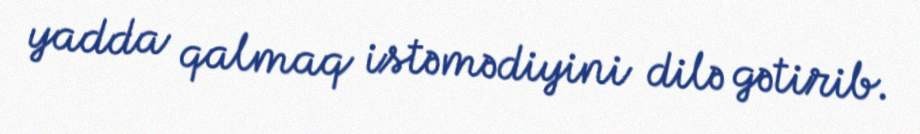
yadda qalmaq istəmədiyini dilə gətirib.